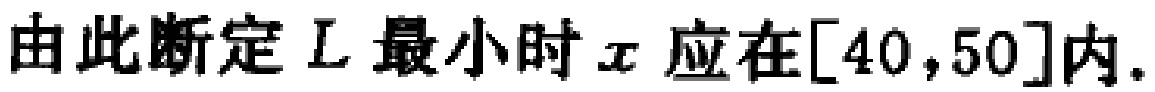
由此断定 \(L\) 最小时 \(x\) 应在\([40,50]\)内.